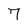
Character: 7